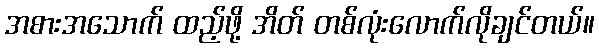
အစားအသောက် ထည့်ဖို့ အိတ် တစ်လုံးလောက်လိုချင်တယ်။